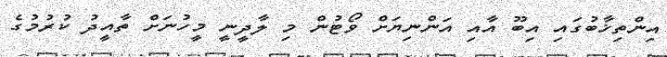
އިންތިޚާބުގައި އިބޫ އާއި އަންނިޔަށް ވޯޓުން މި ލާދީނީ މީހުނަށް ތާއީދު ކުރުމުގެ